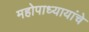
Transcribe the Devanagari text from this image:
महोपाध्यायांचे